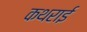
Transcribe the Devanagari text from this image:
कथराई